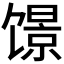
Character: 𬳑